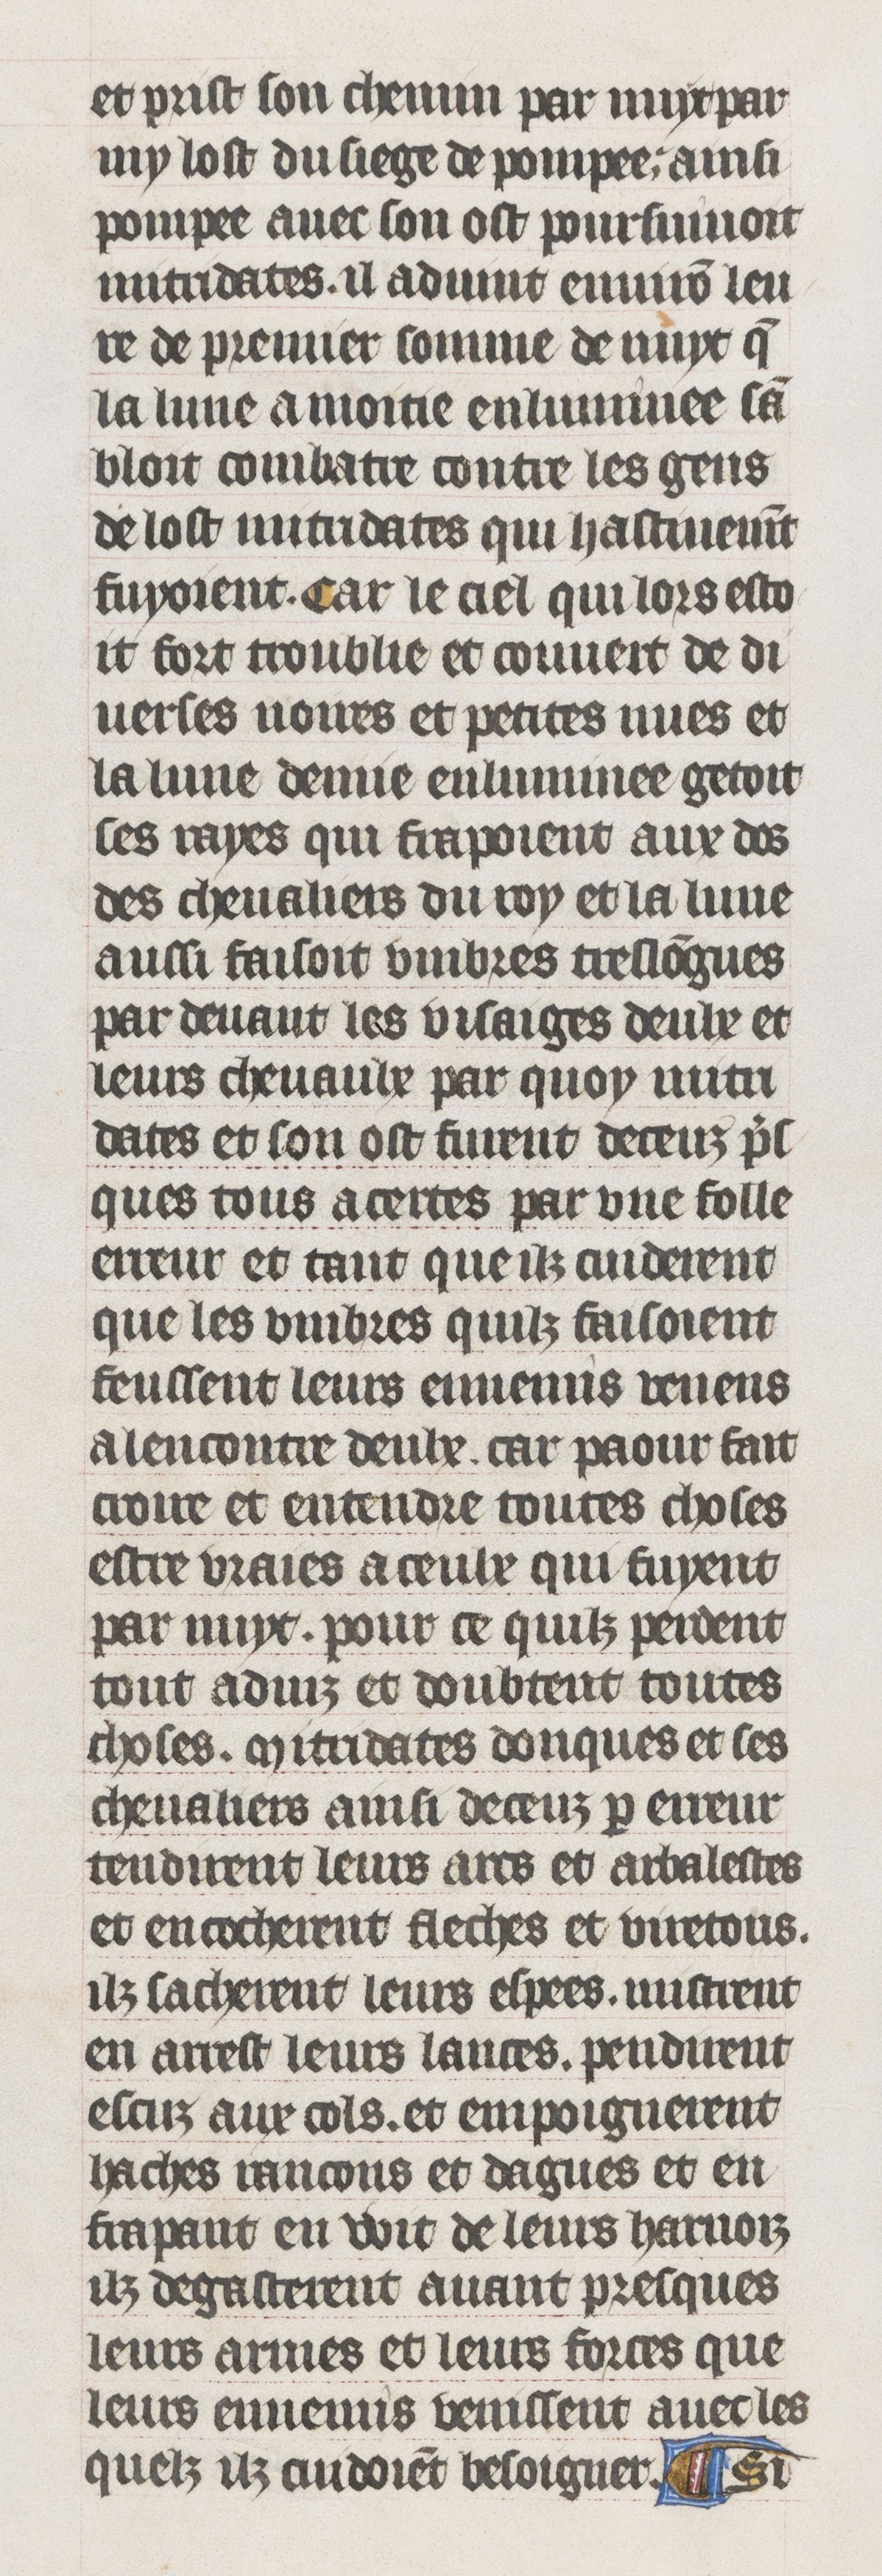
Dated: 1395–1425